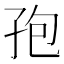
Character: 孢